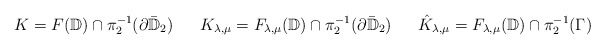
\begin{align*}K=F(\mathbb{D})\cap \pi_2^{-1}(\partial\bar{\mathbb{D}}_2)\ \ \ \ \ K_{\lambda,\mu}=F_{\lambda,\mu}(\mathbb{D})\cap \pi_2^{-1}(\partial\bar{\mathbb{D}}_2)\ \ \ \ \ \hat{K}_{\lambda,\mu}=F_{\lambda,\mu}(\mathbb{D})\cap \pi_2^{-1}(\Gamma)\end{align*}